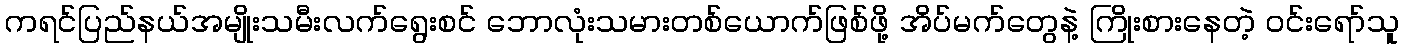
ကရင်ပြည်နယ်အမျိုးသမီးလက်ရွေးစင် ဘောလုံးသမားတစ်ယောက်ဖြစ်ဖို့ အိပ်မက်တွေနဲ့ ကြိုးစားနေတဲ့ ဝင်းရော်သူ